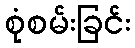
စုံစမ်းခြင်း